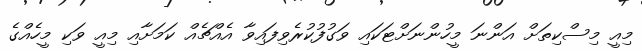
މިއީ މިސްކިތަށް އަންނަ މީހުންނަށްޓަކައި ވަގުފުކުރެވިފައިވާ އެއްޗެއް ކަމަށާއި މިއީ ވަކި މީހެއްގެ